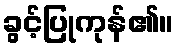
ခွင့်ပြုကုန်၏။